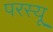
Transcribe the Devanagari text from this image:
परस्यू